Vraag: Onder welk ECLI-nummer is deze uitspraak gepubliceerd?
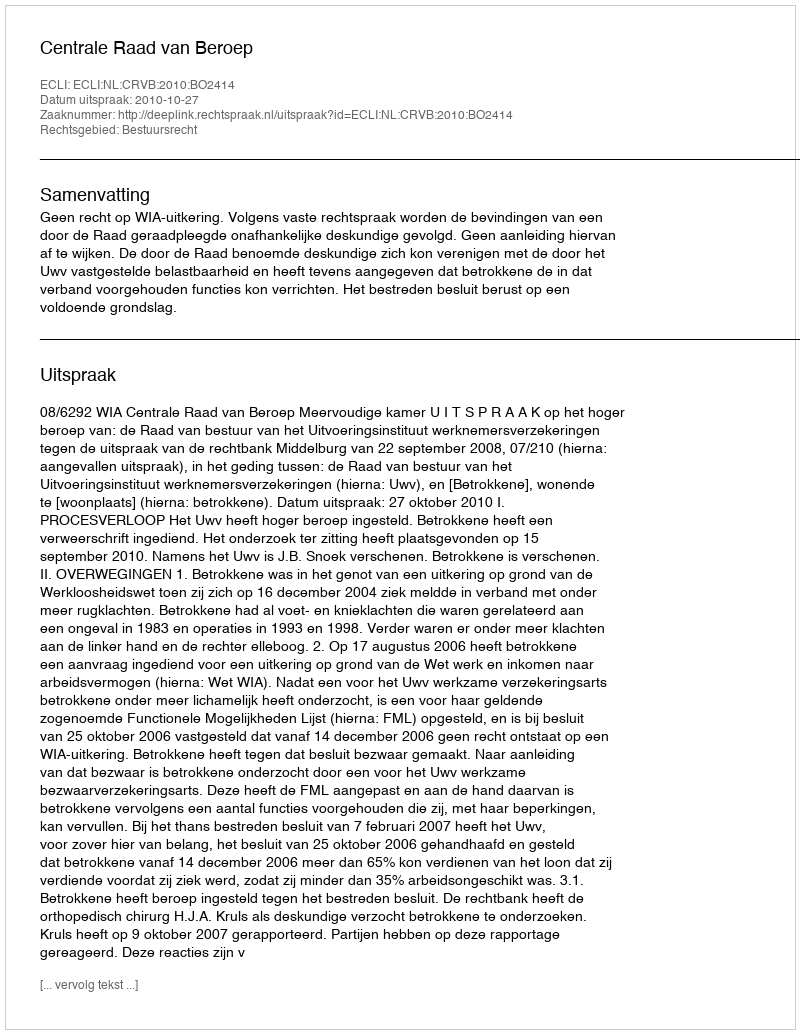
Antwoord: ECLI:NL:CRVB:2010:BO2414